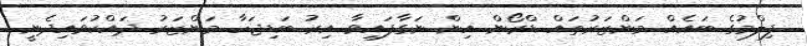
ފިލްމުގެ ބައެއް މަންޒަރުތައް ޑްރޯން އިން ނަގާފައިވާ އިރު ބަޑިޖަހާ މަންޒަރު ދައްކުވައިދެނީ